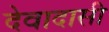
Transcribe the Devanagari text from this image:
देवादासी